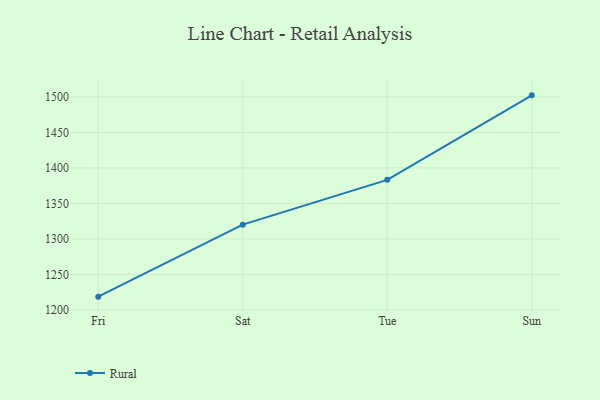
{"axis": {"x": "Day", "y": "LTV (USD)"}, "legend": ["Rural"], "data": [{"x": "Fri", "y": 1218.9, "type": "Rural"}, {"x": "Sat", "y": 1320.2, "type": "Rural"}, {"x": "Tue", "y": 1383.2, "type": "Rural"}, {"x": "Sun", "y": 1502.1, "type": "Rural"}]}